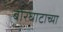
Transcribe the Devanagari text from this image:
बोरघाटाच्या